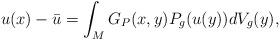
LaTeX: \begin{align*}u(x)-\bar{u}=\int_MG_P(x,y)P_g(u(y))dV_g(y),\end{align*}